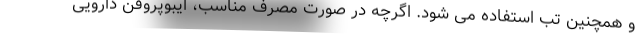
و همچنین تب استفاده می شود. اگرچه در صورت مصرف مناسب، ایبوپروفن دارویی